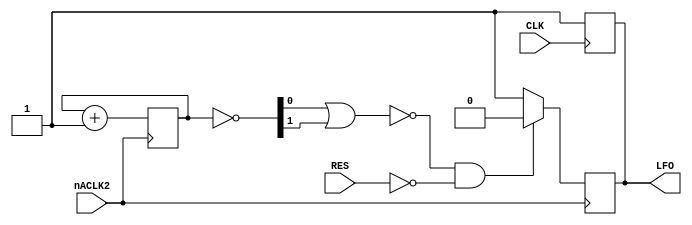
// Bogus low-frequency oscillation signal generator.

// It is used to speed up tests, so you don't have to wait half a year for real #LFO1/2 signals to be triggered.

// Wherever artificially accelerated LFO signals are used in tests, there is a special note.

module BogusLFO (CLK, RES, nACLK2, LFO);
	
	input CLK;
	input RES;
	input nACLK2;
	output reg LFO; 		// inverse polarity (0: LFO triggers)
	reg [1:0] cnt;
	wire [1:0] n_cnt;
	wire all_ones;

	initial begin
		cnt <= 0;
	end
	always @ (negedge nACLK2) begin
		cnt <= cnt + 1;
		LFO <= all_ones && ~RES ? 1'b0 : 1'b1;
	end
	always @ (posedge CLK)
		LFO <= 1'b1;

	assign n_cnt = ~cnt;
	nor (all_ones, n_cnt[0], n_cnt[1]);

endmodule // BogusLFO